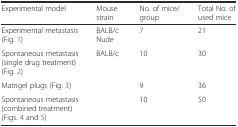
<table><thead><tr><td><b>Experimental model</b></td><td><b>Mouse strain</b></td><td><b>No. of mice/group</b></td><td><b>Total No. of used mice</b></td></tr></thead><tbody><tr><td>Experimental metastasis (Fig. 1)</td><td>BALB/c Nude</td><td>7</td><td>21</td></tr><tr><td>Spontaneous metastasis (single drug treatment) (Fig. 2)</td><td rowspan="3">BALB/c</td><td>10</td><td>30</td></tr><tr><td>Matrigel plugs (Fig. 3)</td><td>9</td><td>36</td></tr><tr><td>Spontaneous metastasis (combined treatment) (Figs. 4 and 5)</td><td>10</td><td>50</td></tr></tbody></table>